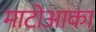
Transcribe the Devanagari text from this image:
माटोआका